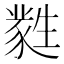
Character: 㽔